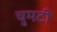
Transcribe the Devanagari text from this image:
चुमटी